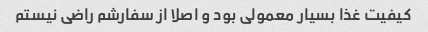
کیفیت غذا بسیار معمولی بود و اصلا از سفارشم راضی نیستم